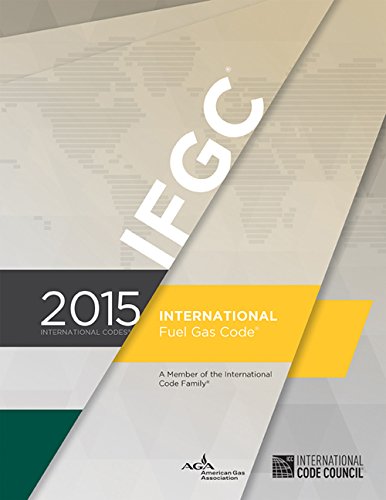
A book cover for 2015 International Fuel Gas Code; International Code Council; Engineering & Transportation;